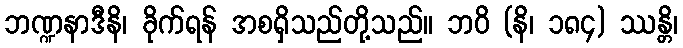
ဘဏ္ဍနာဒီနိ၊ ခိုက်ရန် အစရှိသည်တို့သည်။ ဘဝိ (နိ၊ ၁၈၄) ဿန္တိ၊